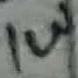
Text: 1W